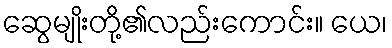
ဆွေမျိုးတို့၏လည်းကောင်း။ ယေ၊